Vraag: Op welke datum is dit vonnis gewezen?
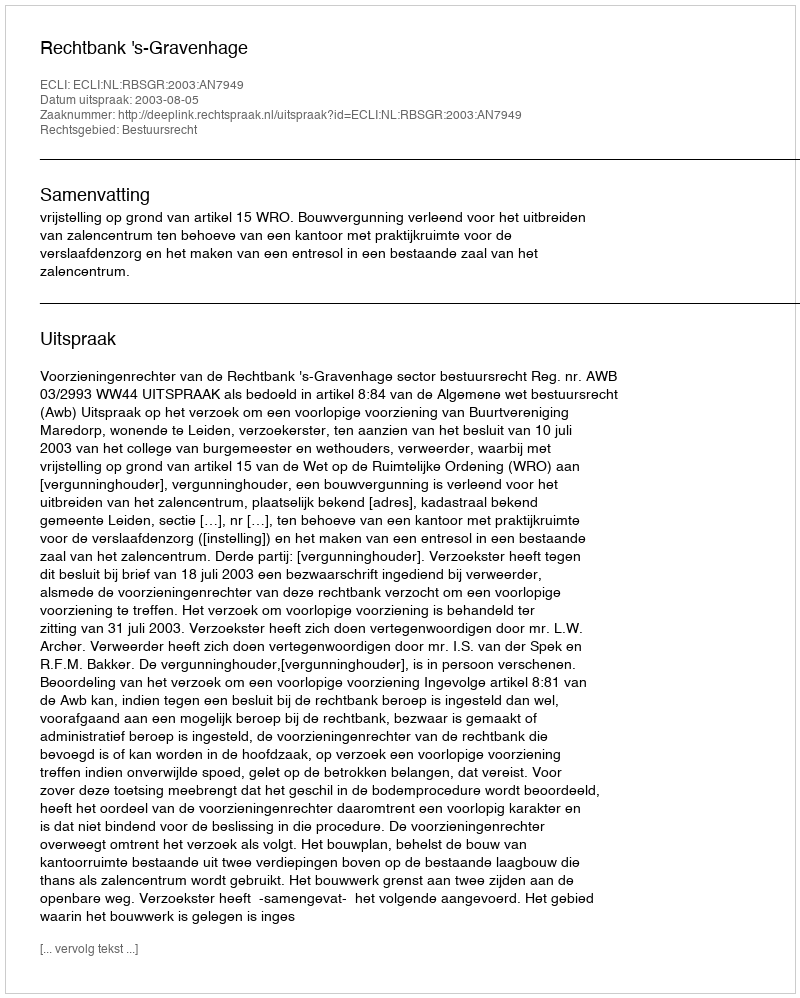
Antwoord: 2003-08-05